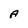
Character: A